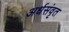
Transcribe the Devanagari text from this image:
अर्धसंवृत